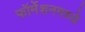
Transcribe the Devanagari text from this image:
फॉर्मेशनमध्ये